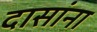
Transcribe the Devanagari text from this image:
दासांना